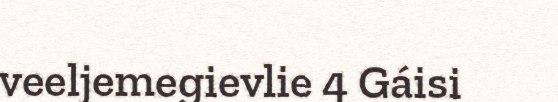
veeljemegievlie 4 Gáisi